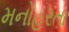
મનોહરતા